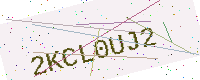
Text: 2KCL0UJ2